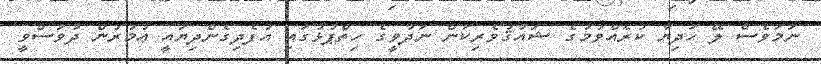
ނަމަވެސް ލޭ ހަދިޔާ ކުރެއްވުމުގެ ޝައުޤުވެރިކަން ނަދުވީގެ ހިތްޕުޅުގައި އުފެދިގެންދިޔައީ ޢުމުރުން ދުވަސްވީ